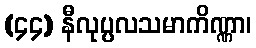
(၄၄) နီလုပ္ပလသမာကိဏ္ဏာ၊